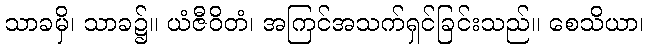
သာခမှိ၊ သာခ၌။ ယံဇီဝိတံ၊ အကြင်အသက်ရှင်ခြင်းသည်။ စေသိယာ၊